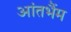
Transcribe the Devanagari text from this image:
आंतभैंम